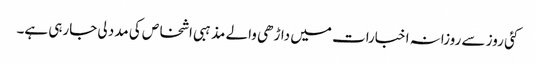
کئی روز سے روزانہ اخبارات میں داڑھی والے مذہبی اشخاص کی مدد لی جارہی ہے۔